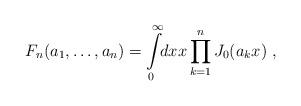
LaTeX: \begin{align*}F_n(a_1, \ldots, a_n) = \int\limits_0^{\infty} \!\! dx x\prod_{k=1}^n J_0(a_kx) \;,\end{align*}